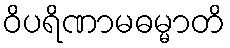
ဝိပရိဏာမဓမ္မာတိ